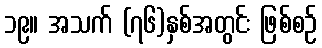
၁၉။ အသက် (၇၆)နှစ်အတွင်း ဖြစ်စဉ်